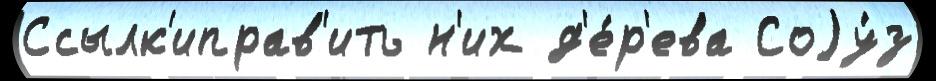
Ссылк'иправ'ить н'их д'е́р'ева Соjу́з